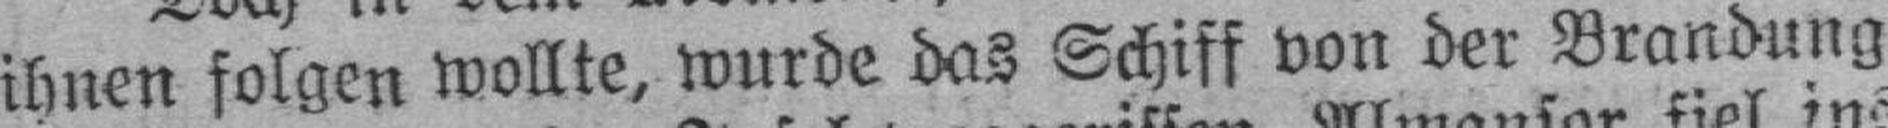
ihnen folgen wollte, wurde das Schiff von der Brandung